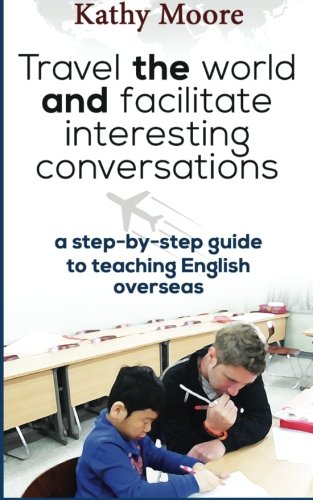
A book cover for Travel the World and Facilitate Interesting conversations: A Step by step guide to teaching English overseas; Kathy Moore; Travel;